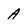
Character: A